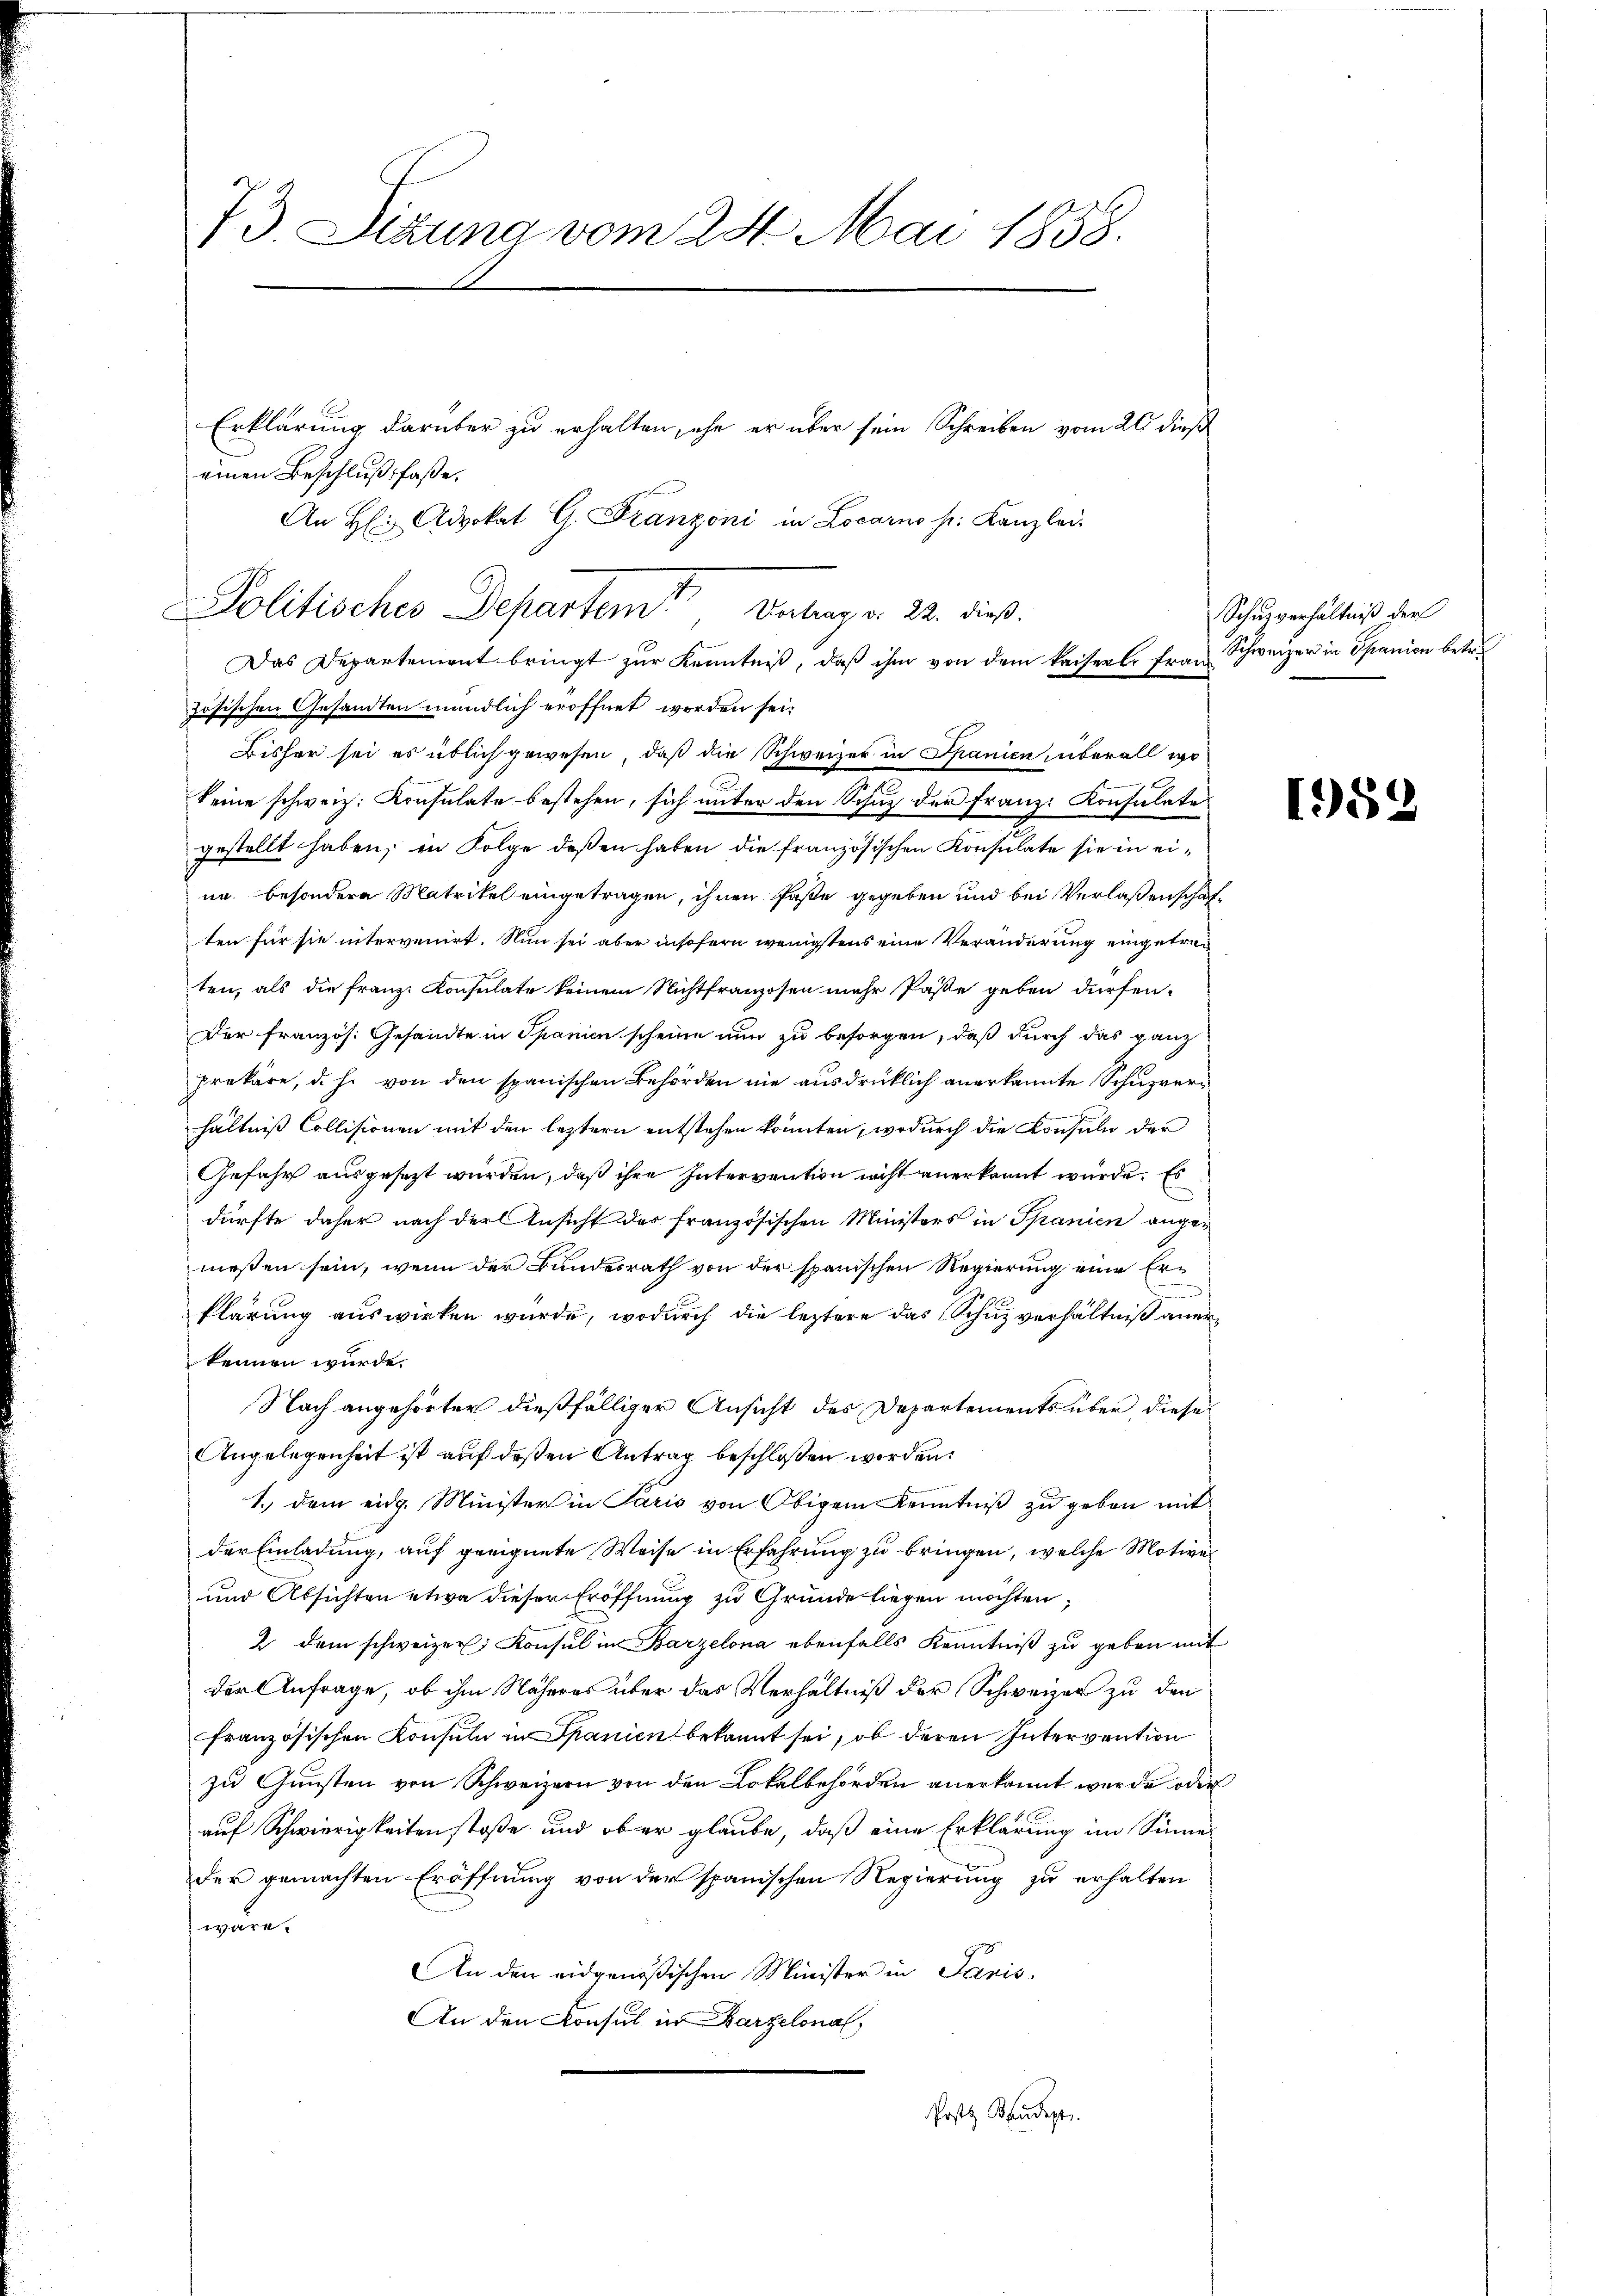
73. Sitzung vom 24. Mai 1858.

Erklärung darüber zu erhalten, ehe er über sein Schreiben vom 26 dieß
einen Beschluß faße.
Das Departement bringt zur Kenntniß, daß ihm von dem kaiserl. Frau Schweizer in Spanien betr.
zösischen Gesandten mündlich eröffnet worden sei.
Bisher sei es üblich gewesen, daß die Schweizer in Spanien, überall wo
keine schweiz. Konsulate bestehen, sich unter den Schuz der Franz. Konsulate
gestellt haben, in Folge deßen haben die französischen Konsulate sie in eiun. besondere Matrikel eingetragen, ihnen Paße gegeben und bei Verlassenschaften für sie intervenirt. Nun sei aber insofern wenigstens eine Veränderung eingetrei
ten, als die Franz Konsulate keinem Nichtfranzosen mehr Pässe geben dürfen.
Der französ. Gesandte in Spanien scheine nun zu besorgen, daß durch das ganz
prekäre, d. h. von den spanischen Behörden nie ausdrücklich anerkannte Schuzverhältniß Collisionen mit den letztern entstehen könnten, wodurch die Konsuln der
Gefahr ausgesezt wurden, daß ihre Intervention nicht anerkannt wurde. Es
dürfte daher nach der Ansicht der französischen Ministers in Spanien angemeßen sein, wenn der Bundesrath von der spanischen Regierung eine Erklärung auswirken würde, wodurch die leztere das Schulverhältniß anerkennen wurde.
Nach angehörter dießfälliger Ansicht des Departements über diese
Angelegenheit ist auf deßen Antrag beschloßen worden:
1.) Dem eidg. Minister in Paris von Obigem Kenntniß zu geben mit
der Einladung, auf geeignete Weise in Erfahrung zu bringen, welche Motive
und Absichten etwa dieser Eröffnung zu Grunde liegen möchten;
2. dem schweizer Konsul in Barzelona ebenfalls Kenntniß zu geben mit
der Anfrage, ob ihm Näheres über das Verhältniß der Schweizer zu den
französischen Konsula in Spanien bekannt sei, ob deren Intervention
zu Gunsten von Schweizern von den Lokalbehörden anerkannt wurde oder
auf Schwierigkeitenstoße und ober glaube, daß eine Erklärung im Sinne
der gemachten Eröffnung von der spanischen Regierung zu erhalten
wäre.
An den eidgenößischen Minister in Paris
An den Konsul in Barzelona
Posts Baudept.

An H Advokat G. Franzoni in Locarno s. Kanzlei-

Politisches Departem Antrag v. 22. dieß.

Schuzverhältniß der

1959